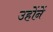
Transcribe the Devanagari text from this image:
उहोंनें